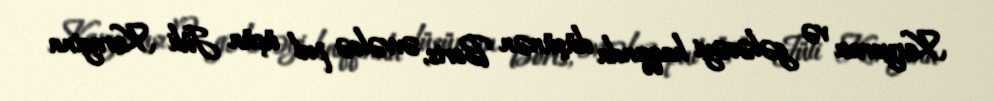
Karyerası və gələcəyi haqqında düşünən Boris, əvvəlcə pul üçün Jüli Karagina